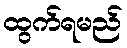
ထွက်ရမည်